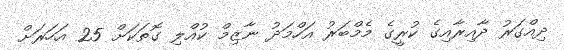
ދިއްގަރު ދާއިރާއިގެ ކުރީގެ މެމްބަރު އަހްމަދު ނާޒިމް ކުއްލި ގޮތަކަށް 25 އަހަރަށް